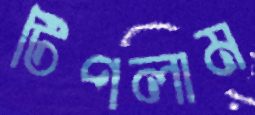
টিপলাম